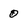
Character: 0